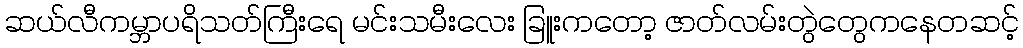
ဆယ်လီကမ္ဘာပရိသတ်ကြီးရေ မင်းသမီးလေး ခြူးကတော့ ဇာတ်လမ်းတွဲတွေကနေတဆင့်